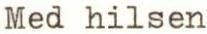
Med hilsen